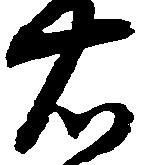
右